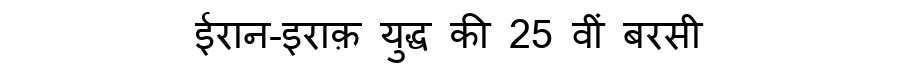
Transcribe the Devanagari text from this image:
ईरान-इराक़ युद्ध की 25 वीं बरसी